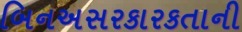
બિનઅસરકારકતાની